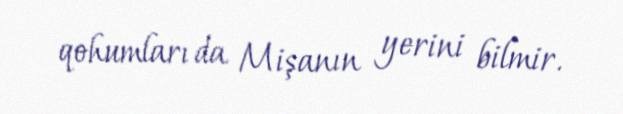
qohumları da Mişanın yerini bilmir.